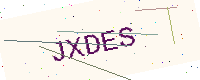
Text: JXDES